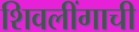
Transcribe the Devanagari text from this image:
शिवलींगाची